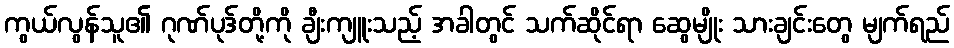
ကွယ်လွန်သူ၏ ဂုဏ်ပုဒ်တို့ကို ချီးကျူးသည့် အခါတွင် သက်ဆိုင်ရာ ဆွေမျိုး သားချင်းတွေ မျက်ရည်